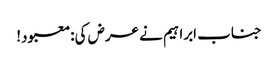
جناب ابراہیم نے عرض کی:معبود!